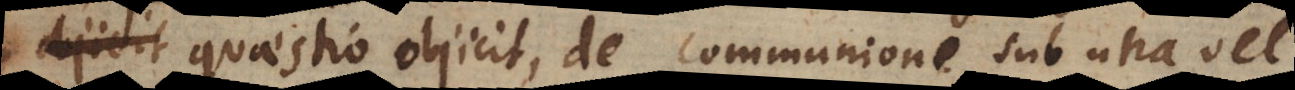
quaestio objicit, de communione sub una vel